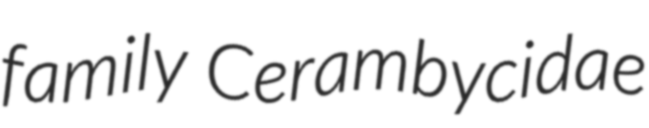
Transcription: family Cerambycidae